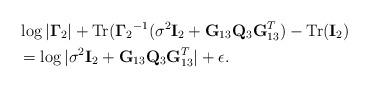
LaTeX: \begin{align*}&\log|{\mathbf{\Gamma}_2}|+{\rm Tr}({\mathbf{\Gamma}_2}^{-1}(\sigma^{2}{\bf I}_2+{\bf G}_{13}{\bf Q}_3{\bf G}_{13}^{T})-{\rm Tr}({\bf I}_2) \\&= \log|\sigma^{2}{\bf I}_2+{\bf G}_{13}{\bf Q}_3{\bf G}_{13}^{T}|+\epsilon.\end{align*}